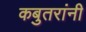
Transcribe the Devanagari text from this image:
कबुतरांनी